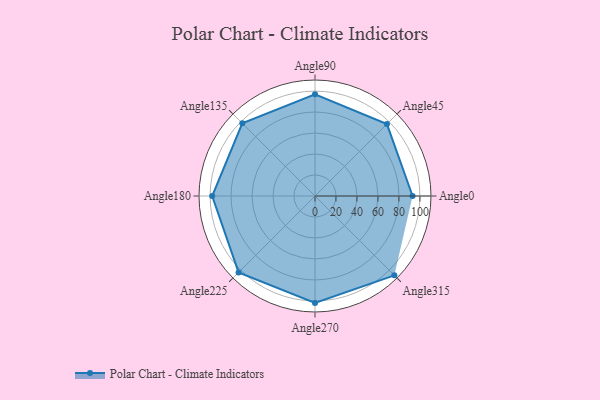
{"axis": {"x": "Angle", "y": "Radius"}, "legend": [""], "data": [{"x": "Angle0", "y": 93.0, "type": ""}, {"x": "Angle45", "y": 97.0, "type": ""}, {"x": "Angle90", "y": 97.0, "type": ""}, {"x": "Angle135", "y": 98.0, "type": ""}, {"x": "Angle180", "y": 98.0, "type": ""}, {"x": "Angle225", "y": 103.0, "type": ""}, {"x": "Angle270", "y": 102.0, "type": ""}, {"x": "Angle315", "y": 107.0, "type": ""}]}